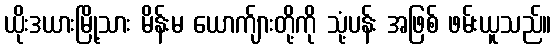
ယိုးဒယားမြို့သား မိန်းမ ယောက်ျားတို့ကို သုံ့ပန်း အဖြစ် ဖမ်းယူသည်။